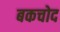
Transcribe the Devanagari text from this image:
बकचोद